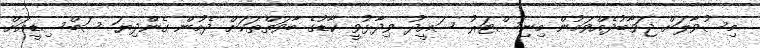
މިސުވާލަށް ޖަވާބުދެއްވަމުން މިނިސްޓަރު ސައީދު ވިދާޅުވީ ކާޑުގެ ބާވަތްތަކަށް ދެމުން ގެންދިޔަ ސަބްސިޑީއަށް